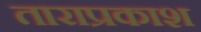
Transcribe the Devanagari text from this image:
ताराप्रकाश